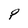
Character: P